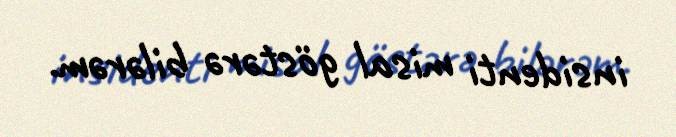
insidenti misal göstərə bilərəm.